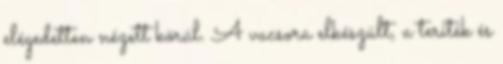
elégedetten nézett körül. A vacsora elkészült, a teríték és